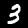
Digit: 3